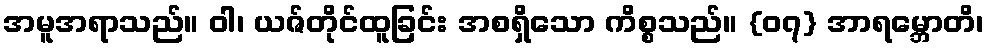
အမူအရာသည်။ ဝါ၊ ယဇ်တိုင်ထူခြင်း အစရှိသော ကိစ္စသည်။ {၀၇} အာရမ္ဘောတိ၊